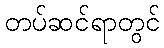
တပ်ဆင်ရာတွင်